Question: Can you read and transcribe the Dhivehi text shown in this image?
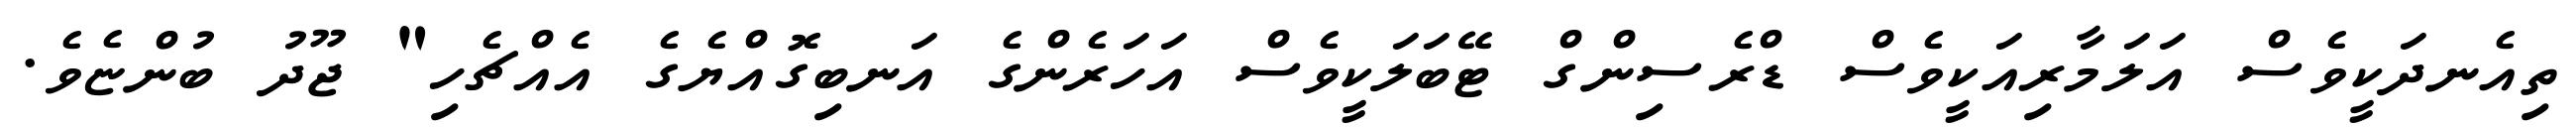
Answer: ތިއެނދަކީވެސް އަލަމާރިއަކީވެސް ޑްރެސިންގް ޓޭބަލަކީވެސް އަހަރެންގެ އަނބިގޮއްޔެގެ އެއްޗެހި" ޖޫދު ބުންޏެވެ.